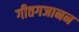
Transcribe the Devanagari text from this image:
गीतगजानन